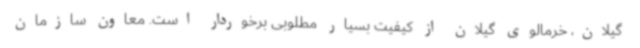
گیلان، خرمالوی گیلان از کیفیت بسیار مطلوبی برخوردار است. معاون سازمان